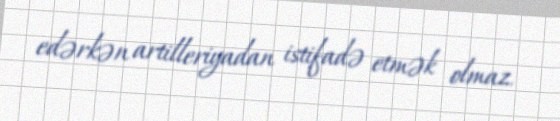
edərkən artilleriyadan istifadə etmək olmaz.